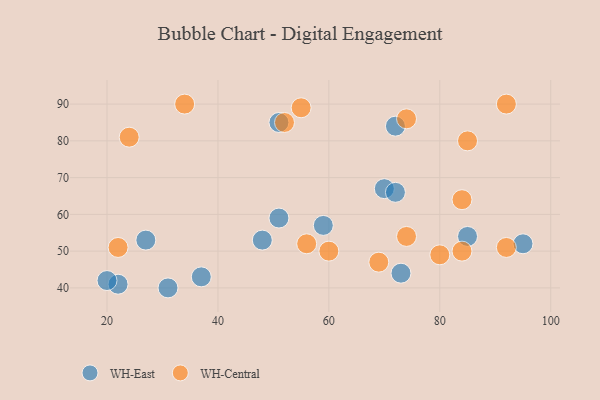
{"axis": {"x": "GDP", "y": "Life Expectancy"}, "legend": ["WH-Central", "WH-East"], "data": [{"x": "48", "y": 53, "type": "WH-East"}, {"x": "27", "y": 53, "type": "WH-East"}, {"x": "51", "y": 85, "type": "WH-East"}, {"x": "72", "y": 84, "type": "WH-East"}, {"x": "85", "y": 54, "type": "WH-East"}, {"x": "70", "y": 67, "type": "WH-East"}, {"x": "22", "y": 41, "type": "WH-East"}, {"x": "95", "y": 52, "type": "WH-East"}, {"x": "31", "y": 40, "type": "WH-East"}, {"x": "72", "y": 66, "type": "WH-East"}, {"x": "20", "y": 42, "type": "WH-East"}, {"x": "73", "y": 44, "type": "WH-East"}, {"x": "37", "y": 43, "type": "WH-East"}, {"x": "51", "y": 59, "type": "WH-East"}, {"x": "59", "y": 57, "type": "WH-East"}, {"x": "92", "y": 51, "type": "WH-Central"}, {"x": "69", "y": 47, "type": "WH-Central"}, {"x": "84", "y": 64, "type": "WH-Central"}, {"x": "74", "y": 54, "type": "WH-Central"}, {"x": "34", "y": 90, "type": "WH-Central"}, {"x": "85", "y": 80, "type": "WH-Central"}, {"x": "55", "y": 89, "type": "WH-Central"}, {"x": "52", "y": 85, "type": "WH-Central"}, {"x": "74", "y": 86, "type": "WH-Central"}, {"x": "84", "y": 50, "type": "WH-Central"}, {"x": "22", "y": 51, "type": "WH-Central"}, {"x": "80", "y": 49, "type": "WH-Central"}, {"x": "56", "y": 52, "type": "WH-Central"}, {"x": "92", "y": 90, "type": "WH-Central"}, {"x": "24", "y": 81, "type": "WH-Central"}, {"x": "60", "y": 50, "type": "WH-Central"}]}